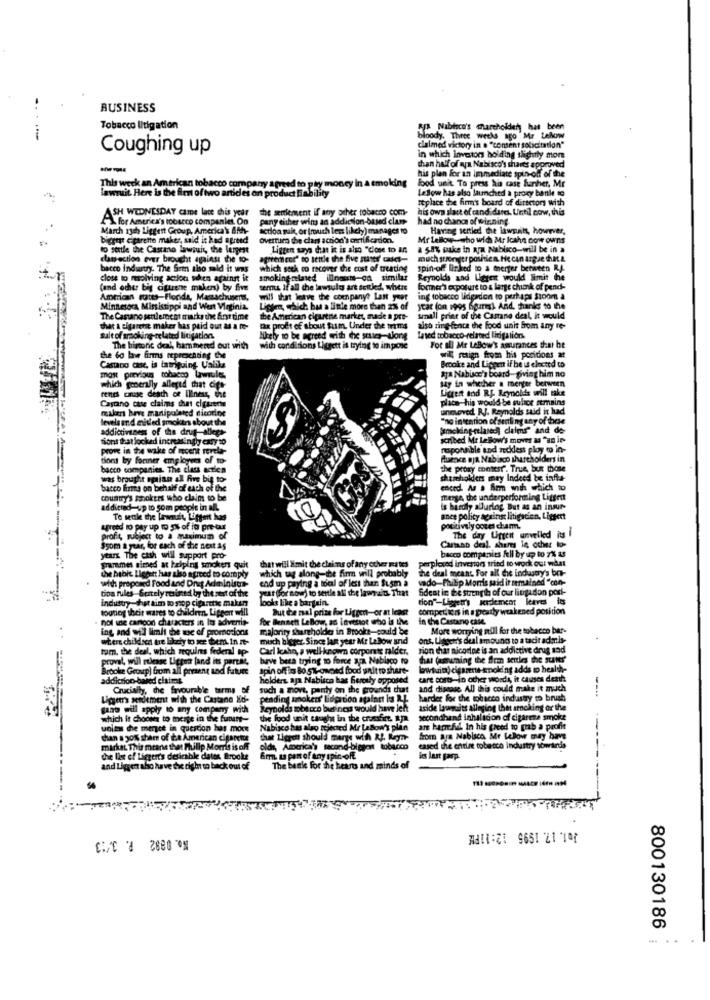
BUSINESS
Tobacco litigation
AP Nabloco's artholdery hat been
bloody. Three weeks ago Mr Lelow
Coughing up
claimed victory in e "content solicitation"
in which investors holding slightly mom
than half of apa Nabisco's shares approved
his plan for an immediate spin-off of the
food unit To press hia case further, Mr
This week an American tobacco company agreed to pay money in a emo king
lawruit. Here is the firm of two artides on product liability
Lesow has also launched a proxy bantle to
replace the firm's board of directors with
ASH WEDNESDAY came lace this year
the seulement if any other tobacco com-
his own alatt of candidare. Until now, this
\ for America's tobacco companiet. On pany either wins an addiction-based clam-
had no chance of winning.
March 13th Liggert Group, America's Anth-
action suit, or (much less likely) manages to
Having sertied the lawsuits, however,
bigger cigarette maker, said it had agreed
Overtura the class action's certification.
Mr Lellow-who wich Mr Icahn now owns
to sertle the Castano lawsuit, the largest
Liggen says duat it is also "close to an
a 58% make in aja Nabisco-will be in a
camection ever brought against the to-
agreement" no settle the five suater cucs-
much stronger poshien. He can argue that &
bacco industry. The Sein also said it was
which soch to recover the cost of treating
spin-off linked to a merger between RJ-
Close to molving action when against it
smokingniaved ilinouts-od similar
Reynolds and Ligger would limit the
(and other big ciguene maken) by five
sernus if all the lawsules art settled, where
former's exposure to a large chok of pend-
American rates-Florida, Massachusetts,
will that leave the companye Last year
ing tobacco lideadon to perhaps Stoom a
Minnesota, Mississippi and West Virginia.
Liggen, which bas a linle more than 2% of
year (on 1995 6gures) And. thanks to the
The Cantano settlement marks the first time
the American cigarene market, made a pre-
Small print of the Camane deal, it would
that a cigarche maker has paid out & a to-
tax profit of about fum. Under the trims
also ring-fence the food unit from any re-
salt of smoking-related litigation.
Hurely to be agreed with the stues-tlong
Insed tobacco-related lidigalion.
The historic deal, hammered out with
with conditions Liggett is trying to impose
For all Me LeBow's assurances that be
the Go bie firms represchting the
wil resign from his poritions at
Brooke and Lippen if he ut elected to
Castano case, is tatriquing. Ualike
aya Nabisce's board-giving him no
most previous tobacco lawrule.
lay in whether a menter between
renes cause death of Illness, the
which generally alleged that cifs-
Licent and RJ. Reynolds will take
place- his would be sulice remains
Castano case claims that cigarette
makers have manipulated dicorine
levels and misled smokurs about the
addictiveness of the drug-allees-
Smoking-related claims" and de
tions that looked increasingly easy to
scribed Mt LeBow's moves & "as in
prove in the wake of mcent revela-
responsible and reckless ploy to in-
tions by former employees of to-
fuerce Bja Nabisco shareholders in
bacco companies. The class actica
the proxy conterr". True, but those
was brought spinn all Are bit to-
shareholders may Indeed be infis-
bacco firma on behalf of each of the
enced. As a Arm with which to
country's smokers who claim to be
merge the underperforming Litsent
addicted-up to som people in all.
is hardly alluring But as an insur-
Te seule the lawnat Liggeit has
anes policy against litigaden, Liggert
agreed to pay up to 5% of it pre-tur
positively oczes cham.
profit, subject to a maximum of
Cartano deal. shares Is ocher to-
The day Urgent unvelled its i
$yom a year, for each of the next ag
years. The cash will support pro-
perplexed inventors tried to work out what
bacco companies full by up to 7% as
parames simed at helping smokers quit
which ug along-the firm unll probably
that will Xmit the chains of any other mates
the deal meant For all the industry's bit-
the habit Ligpert har also agreed to comply
with proposed Food and Drug Administr-
end up paying a toel of less than $usm a
vado-Philip Morris said ir semained "con-
tioa rules Gertely resimed by the sest af the
year For now) to settle all de lawrait. That
Sdeat in the strength of our litigadon port-
Industry -hat tim to stop cigarette maken
looks like a bargain.
don"-Liggetr's serclement leaves its
touring their wares to children. Liggerr will
But de mal prize for Ligger-or at least
competiers in a greatly weakened position
nol wie cartoon characters in Its advertir-
for Bennett LeBow, ad Lavenot who is the
in the Castano case.
ing and wil limit the use of promotions
majority shareholder in Brooks-could be
More worrying mill for the tobacco bar-
where childses are likely to ser dem. In It-
misch bleger. Since lan year Mr Lebow and
ons, Liggend's deal amounts to a tacir admis-
tum, the deal, which sequins federal Ip-
Carl Icahn, a well-known corporate ralder,
sion that nicotine is an addictive drug and
proval, will release Ligger (and its partals,
have beta trying to force apa. Nabisco to
har (assuming the firm settles the sunes"
Brooke Group) from all present and future
Spin offim Bo St-owned food unit to share-
lawsuit) cigarette-knoking adds o health-
addicrico-bared claims
holders aja Nabisco has Berealy opposed
care costs-in other words, it causes denh
Crucially, the favourable tarms off
such a nove, party on the grounds chut
and disease All this could make it much
Ugers sidement with the Castane Xd-
pending smoketr' lidprtion against is R.L.
harder for the tohace
gant will apply to any company with
Reynolds mbtico business would have left
reynold
aside lawwaits alleging that arnoking or the
which it choose to merge in the future-
the food unit caught in the crossfire. apa
secondhand inhalation of cigarette smoke
unles de merce in question has more
Nabisco has also rejected Mr LeBow's plan
are harcfel in his greed to grab a profit
than a 20% share of ta American cigarette
that Liepen should marge wih Af. Reyn-
Som aya Nabisco Mr Lelow may have
market. This means that Phillip Morris is off
olds, America's second-bigport tobacco
cased the entire tobacco industry towards
the list of Ligger's desirable dates Brooke
6mm. a part of any spin-off
les Just gasp.
and Liggen a
and Liggen also have the right to back out of
The bank for The heart and minds of
Ko. 0882 P. 3.13
ABII=Z1 9651 21 147
800130186
... ..